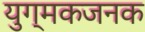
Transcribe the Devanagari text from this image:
युग्मकजनक